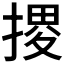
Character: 𢱩